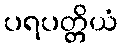
ပရပတ္တိယံ